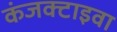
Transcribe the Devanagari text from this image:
कंजक्टाइवा